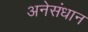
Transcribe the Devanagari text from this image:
अनेसंधान